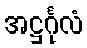
အဋ္ဌင်္ဂုလံ